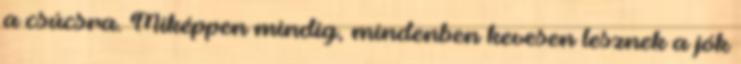
a csúcsra. Miképpen mindig, mindenben kevesen lesznek a jók